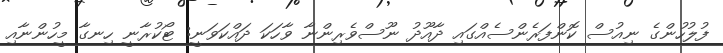
ފުލުހުންގެ ނިއުސް ކޮންފަރެންސެއްގައި ދާއޫދު ނޫސްވެރިންނާ ވާހަކަ ދައްކަވަނީ: ޓޯކުރާނީ ހިނގާ މީހުންނާއި